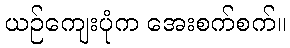
ယဉ်ကျေးပုံက အေးစက်စက်။